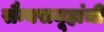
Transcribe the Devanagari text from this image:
सैन्यसमूहांची